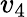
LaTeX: v_{4}